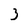
Character: 3